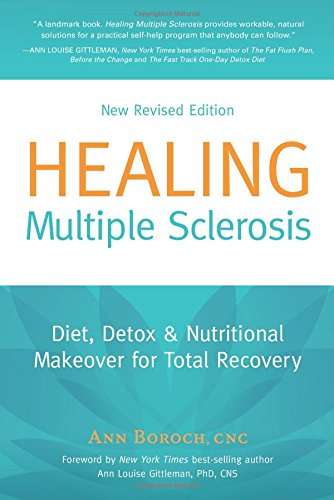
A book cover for Healing Multiple Sclerosis: Diet, Detox & Nutritional Makeover for Total Recovery, New Revised Edition; Ann Boroch; Health, Fitness & Dieting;